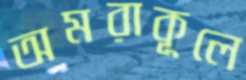
অমরাকূলে